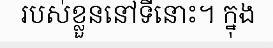
របស់ខ្លួននៅទីនោះ។ ក្នុង